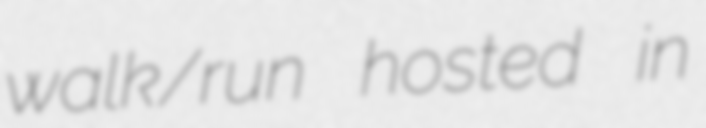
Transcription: walk/run hosted in